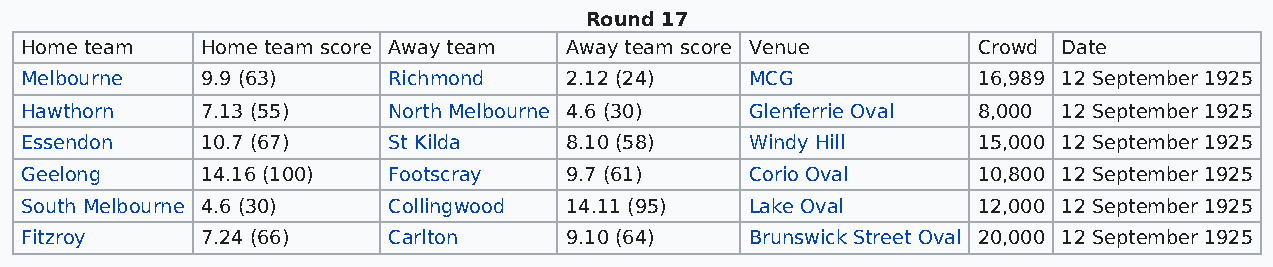
Round 17
 Home team   Home team score Away team Away team score Venue     Crowd Date
 Melbourne   9.9 (63)     Richmond   2.12 (24)    MCG            16,989 12 September 1925
 Hawthorn    7.13 (55)    North Melbourne 4.6 (30) Glenferrie Oval 8,000 12 September 1925
 Essendon    10.7 (67)    St Kilda   8.10 (58)    Windy Hill     15,000 12 September 1925
 Geelong     14.16 (100)  Footscray  9.7 (61)     Corio Oval     10,800 12 September 1925
 South Melbourne 4.6 (30) Collingwood 14.11 (95)  Lake Oval      12,000 12 September 1925
 Fitzroy     7.24 (66)    Carlton    9.10 (64)    Brunswick Street Oval 20,000 12 September 1925